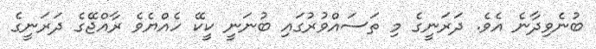
ބުނެވިދާނެ އެވެ. ދަރަނީގެ މި ތަސައްވުރުގައި ބުނަނީ ކީކޭ ހެއްޔެވެ ރާއްޖޭގެ ދަރަނީގެ